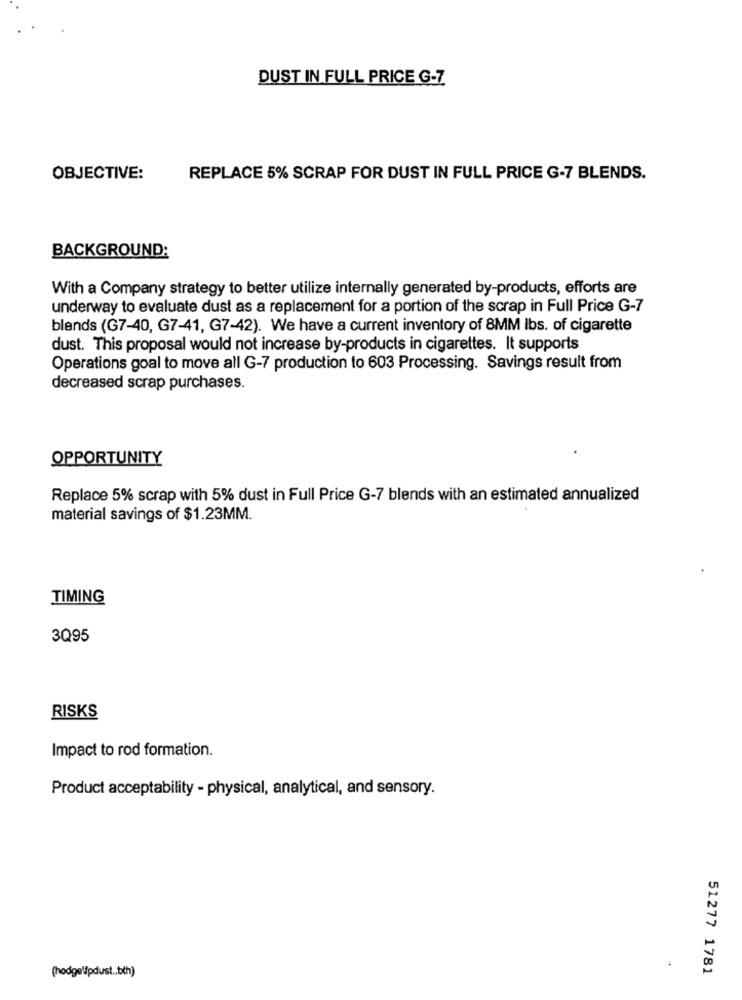
DUST IN FULL PRICE G-7
OBJECTIVE:
REPLACE 5% SCRAP FOR DUST IN FULL PRICE G-7 BLENDS.
BACKGROUND:
With a Company strategy to better utilize internally generated by-products, efforts are
underway to evaluate dust as a replacement for a portion of the scrap in Full Price G-7
blends (G7-40, G7-41, G7-42). We have a current inventory of 8MM lbs. of cigarette
dust. This proposal would not increase by-products in cigarettes. It supports
Operations goal to move all G-7 production to 603 Processing. Savings result from
decreased scrap purchases.
OPPORTUNITY
Replace 5% scrap with 5% dust in Full Price G-7 blends with an estimated annualized
material savings of $1.23MM.
TIMING
3Q95
RISKS
Impact to rod formation.
Product acceptability - physical, analytical, and sensory.
.
(hodgelpdust .. txh)
51277 1781